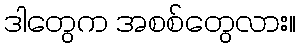
ဒါတွေက အစစ်တွေလား။